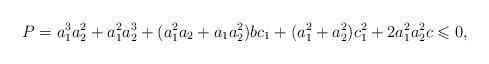
LaTeX: \begin{align*}P=a_1^3 a_2^2+a_1^2 a_2^3+(a_1^2 a_2+a_1 a_2^2)b c_1+(a_1^2+a_2^2)c_1^2+2 a_1^2 a_2^2 c \leqslant 0, \end{align*}